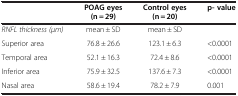
|  | POAG eyes (n = 29) | Control eyes (n = 20) | p- value |
 | --- | --- | --- | --- |
 | RNFL thickness (μm) | mean ± SD | mean ± SD |  |
 | Superior area | 76.8 ± 26.6 | 123.1 ± 6.3 | <0.0001 |
 | Temporal area | 52.1 ± 16.3 | 72.4 ± 8.6 | <0.0001 |
 | Inferior area | 75.9 ± 32.5 | 137.6 ± 7.3 | <0.0001 |
 | Nasal area | 58.6 ± 19.4 | 78.2 ± 7.9 | 0.001 |